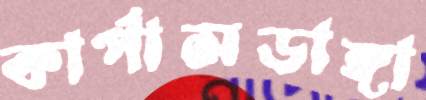
কার্পাসডাঙ্গা